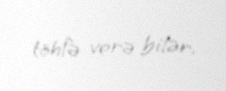
töhfə verə bilər.